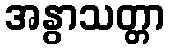
အနွာသတ္တာ